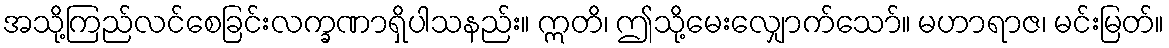
အသို့ကြည်လင်စေခြင်းလက္ခဏာရှိပါသနည်း။ ဣတိ၊ ဤသို့မေးလျှောက်သော်။ မဟာရာဇ၊ မင်းမြတ်။